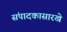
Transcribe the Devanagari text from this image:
संपादकासारखे